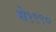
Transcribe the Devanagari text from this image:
से१९९०